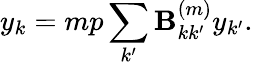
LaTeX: y_{k}=mp\sum_{k^{\prime}}\textbf{B}_{kk^{\prime}}^{(m)}y_{k^{\prime}}.